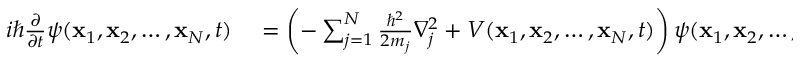
\begin{array} { r l } { i \hbar { \frac { \partial } { \partial t } } \psi ( \mathbf { x } _ { 1 } , \mathbf { x } _ { 2 } , \ldots , \mathbf { x } _ { N } , t ) } & { { } = \left( - \sum _ { j = 1 } ^ { N } { \frac { \hbar ^ { 2 } } { 2 m _ { j } } } { \nabla _ { j } ^ { 2 } } + V ( \mathbf { x } _ { 1 } , \mathbf { x } _ { 2 } , \ldots , \mathbf { x } _ { N } , t ) \right) \psi ( \mathbf { x } _ { 1 } , \mathbf { x } _ { 2 } , \ldots , \mathbf { x } _ { N } , t ) . } \end{array}